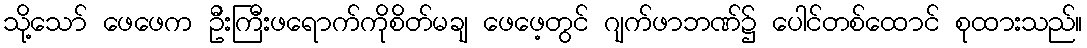
သို့သော် ဖေဖေက ဦးကြီးဖရောက်ကိုစိတ်မချ ဖေဖေ့တွင် ဂျက်ဖာဘဏ်၌ ပေါင်တစ်ထောင် စုထားသည်။